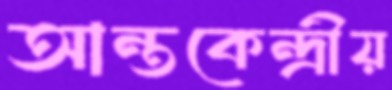
আন্তকেন্দ্রীয়